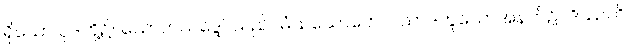
ရှိသော ပုဒ်တို့၌။ သောတသဒ္ဒေါ၊ သည်။ မံသသောတေ၊ ပသာဒဟူသောအနက်၌။ ဒိဿတိ၊